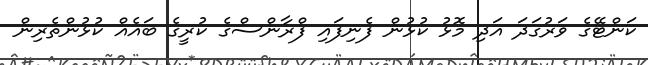
ކަންޓޭގެ ވަރުގަދަ އަދި މޮޅު ކުޅުން ފެނިފައި ފްރާންސްގެ ކުރީގެ ބައެއް ކުޅުންތެރިން